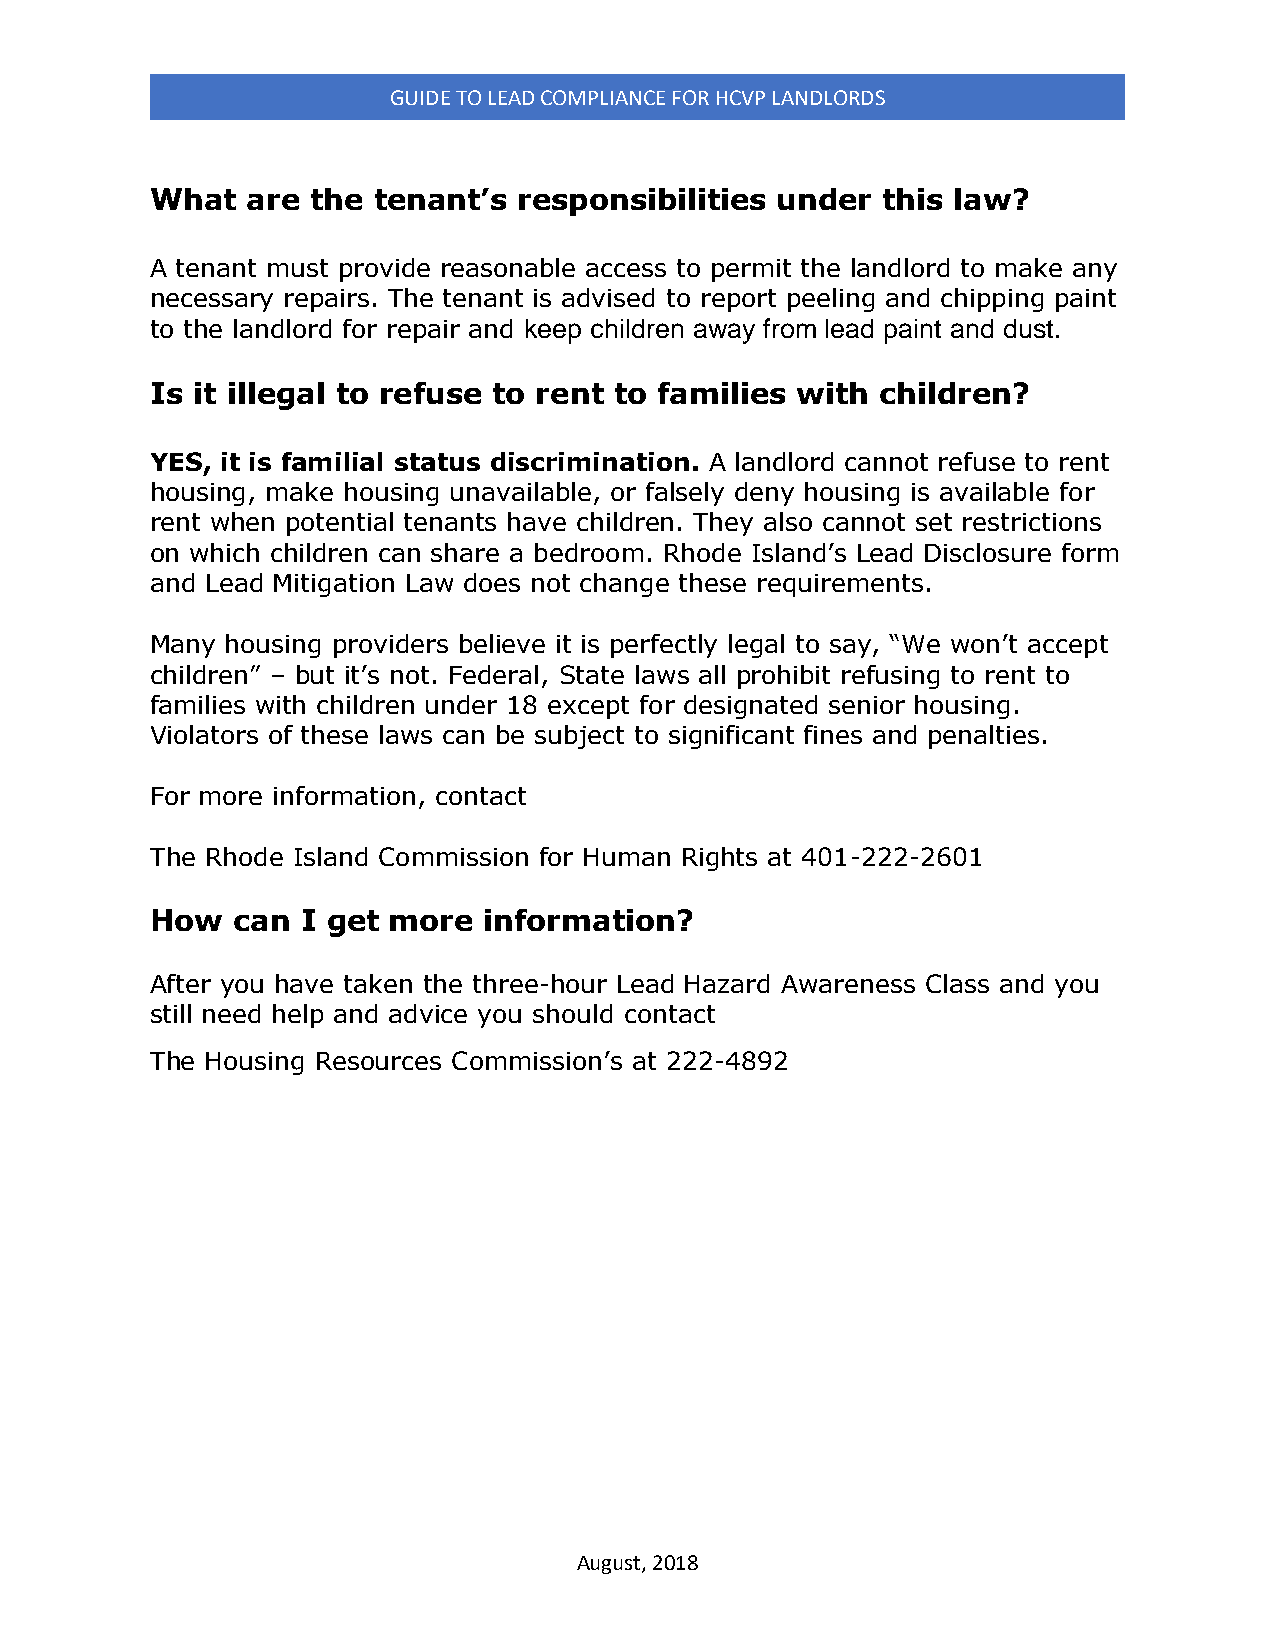
GUIDE TO LEAD COMPLIANCE FOR HCVP LANDLORDS
 What  are  the tenant’s responsibilities under  this law?
 A tenant must provide reasonable access to permit the landlord to make any
 necessary repairs. The tenant is advised to report peeling and chipping paint
 to the landlord for repair and keep children away from lead paint and dust.
 Is it illegal to refuse to rent to families with children?
 YES, it is familial status discrimination. A landlord cannot refuse to rent
 housing, make housing unavailable, or falsely deny housing is available for
 rent when potential tenants have children. They also cannot set restrictions
 on which children can share a bedroom. Rhode Island’s Lead Disclosure form
 and Lead Mitigation Law does not change these requirements.
 Many housing providers believe it is perfectly legal to say, “We won’t accept
 children” – but it’s not. Federal, State laws all prohibit refusing to rent to
 families with children under 18 except for designated senior housing.
 Violators of these laws can be subject to significant fines and penalties.
 For more information, contact
 The Rhode Island Commission for Human Rights at 401-222-2601
 How  can  I get more  information?
 After you have taken the three-hour Lead Hazard Awareness Class and you
 still need help and advice you should contact
 The Housing Resources Commission’s at 222-4892
 August, 2018